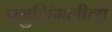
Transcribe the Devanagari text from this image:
प्रभुलिंगलीला